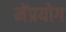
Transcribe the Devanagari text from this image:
मेंप्रयोग